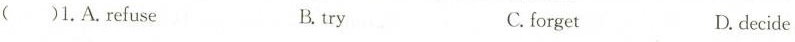
()1.A.refuse B. try C. forget D. decide